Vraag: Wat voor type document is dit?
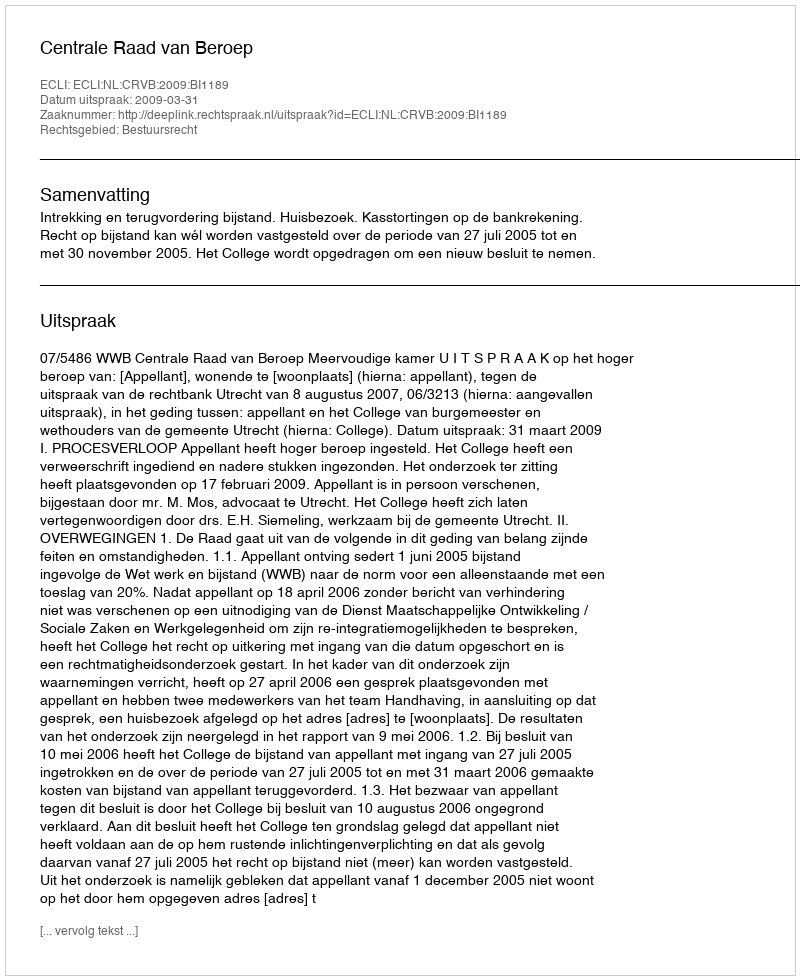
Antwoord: Uitspraak